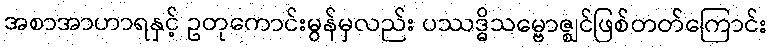
အစာအာဟာရနှင့် ဥတုကောင်းမွန်မှလည်း ပဿဒ္ဓိသမ္ဗောဇ္ဈင်ဖြစ်တတ်ကြောင်း